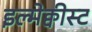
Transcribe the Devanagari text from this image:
इल्मेक्वीस्ट